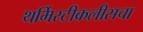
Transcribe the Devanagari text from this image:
थर्मिस्टीकलीसचा